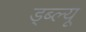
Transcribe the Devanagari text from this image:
ड्ब्ल्यू